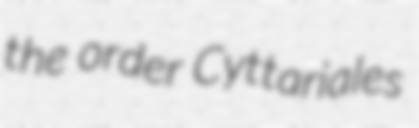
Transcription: the order Cyttariales